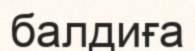
балдиға